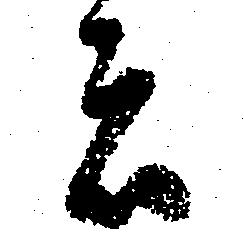
者